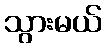
သွားမယ်